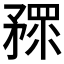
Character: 𥎅